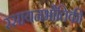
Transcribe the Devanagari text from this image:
रसायनभौतिकी